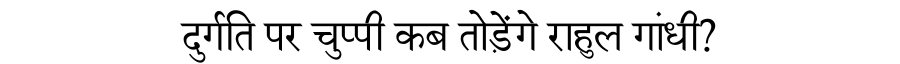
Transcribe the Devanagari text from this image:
दुर्गति पर चुप्पी कब तोड़ेंगे राहुल गांधी?